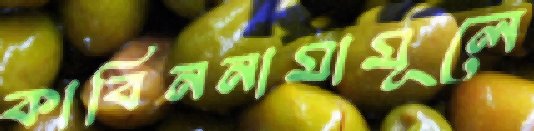
কাবিননামামূলে